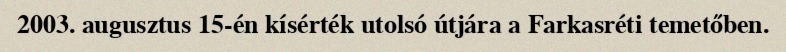
2003. augusztus 15-én kísérték utolsó útjára a Farkasréti temetőben.